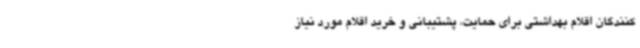
کنندگان اقلام بهداشتی برای حمایت، پشتیبانی و خرید اقلام مورد نیاز